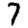
Digit: 7